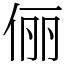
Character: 俪